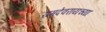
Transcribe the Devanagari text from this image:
रामदेवरायच्या